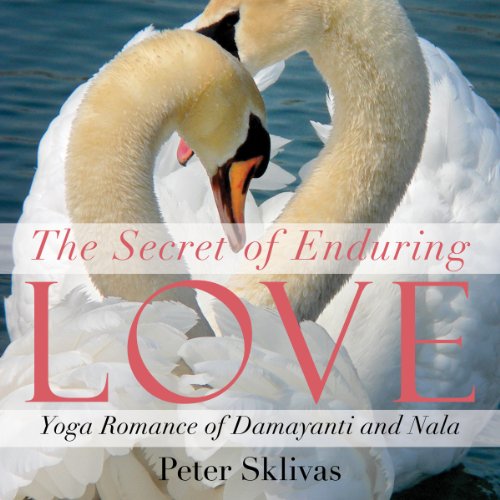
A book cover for The Secret of Enduring Love: Yoga Romance of Damayanti and Nala; Peter Sklivas; Literature & Fiction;